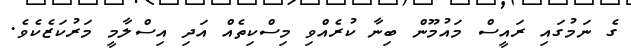
ގެ ނަމުގައި ރައީސް މައުމޫން ބިނާ ކުރެއްވި މިސްކިތެއް އަދި އިސްލާމީ މަރުކަޒެކެވެ.